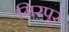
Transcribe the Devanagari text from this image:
मिरपूर